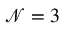
\mathcal { N } = 3